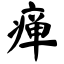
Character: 瘅